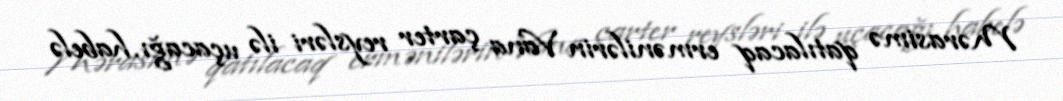
Mərasimə qatılacaq ermənilərin Vana çarter reysləri ilə uçacağı, habelə